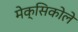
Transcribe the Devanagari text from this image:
मेक्सिकोले